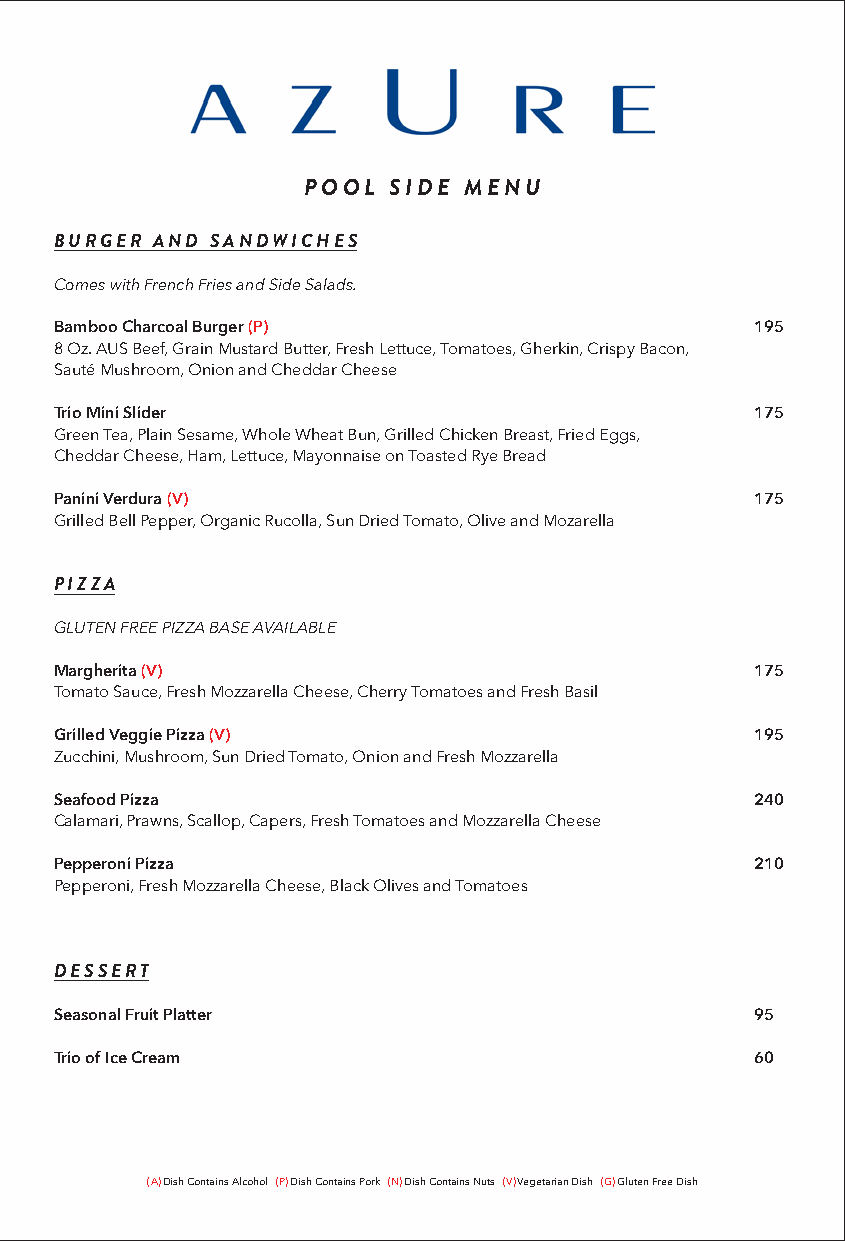
POOL  SIDE MENU
 BURGER AND SANDWICHES
 Comes with French Fries and Side Salads.
 Bamboo Charcoal Burger (P)                    195
 8 Oz. AUS Beef, Grain Mustard Butter, Fresh Lettuce, Tomatoes, Gherkin, Crispy Bacon,
 Sauté Mushroom, Onion and Cheddar Cheese
 Trio Mini Slider                              175
 Green Tea, Plain Sesame, Whole Wheat Bun, Grilled Chicken Breast, Fried Eggs,
 Cheddar Cheese, Ham, Lettuce, Mayonnaise on Toasted Rye Bread
 Panini Verdura (V)                            175
 Grilled Bell Pepper, Organic Rucolla, Sun Dried Tomato, Olive and Mozarella
 PIZZA
 GLUTEN FREE PIZZA BASE AVAILABLE
 Margherita (V)                                175
 Tomato Sauce, Fresh Mozzarella Cheese, Cherry Tomatoes and Fresh Basil
 Grilled Veggie Pizza (V)                      195
 Zucchini, Mushroom, Sun Dried Tomato, Onion and Fresh Mozzarella
 Seafood Pizza                                 240
 Calamari, Prawns, Scallop, Capers, Fresh Tomatoes and Mozzarella Cheese
 Pepperoni Pizza                               210
 Pepperoni, Fresh Mozzarella Cheese, Black Olives and Tomatoes
 DESSERT
 Seasonal Fruit Platter                        95
 Trio of Ice Cream                             60
 (A) Dish Contains Alcohol (P) Dish Contains Pork (N) Dish Contains Nuts (V) Vegetarian Dish (G) Gluten Free Dish